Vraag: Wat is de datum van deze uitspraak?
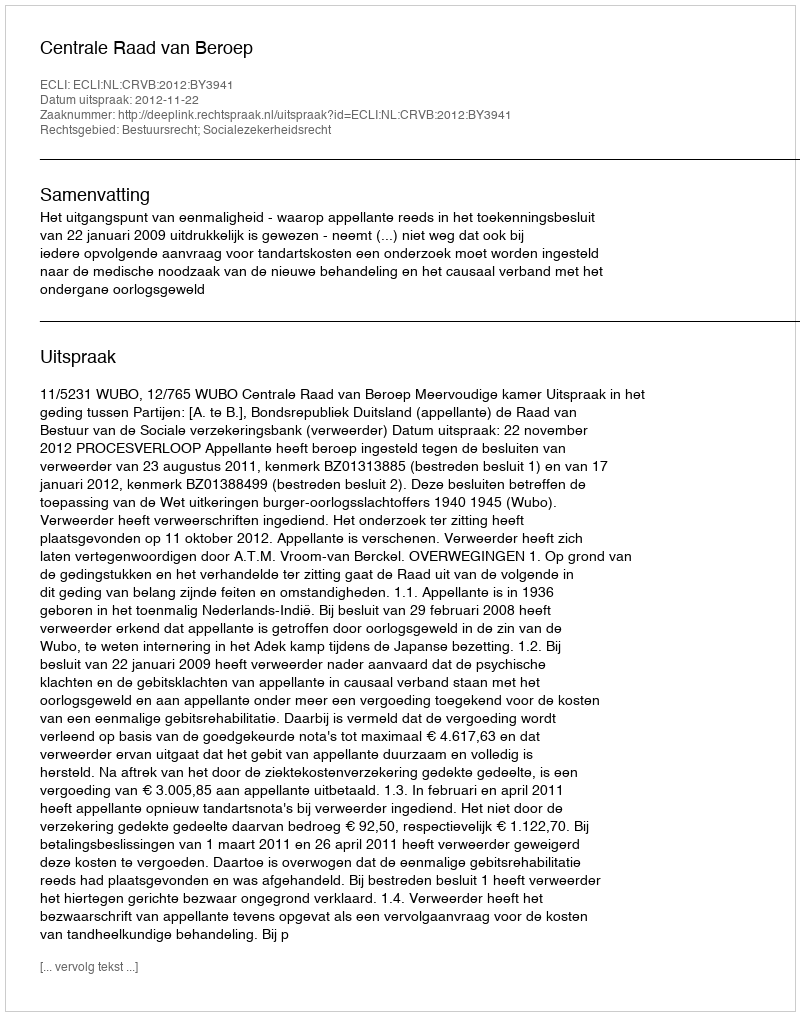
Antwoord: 2012-11-22